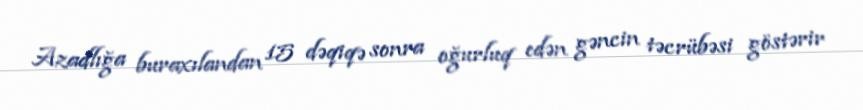
Azadlığa buraxılandan 15 dəqiqə sonra oğurluq edən gəncin təcrübəsi göstərir